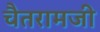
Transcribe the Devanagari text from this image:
चैतरामजी